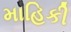
માહિકી